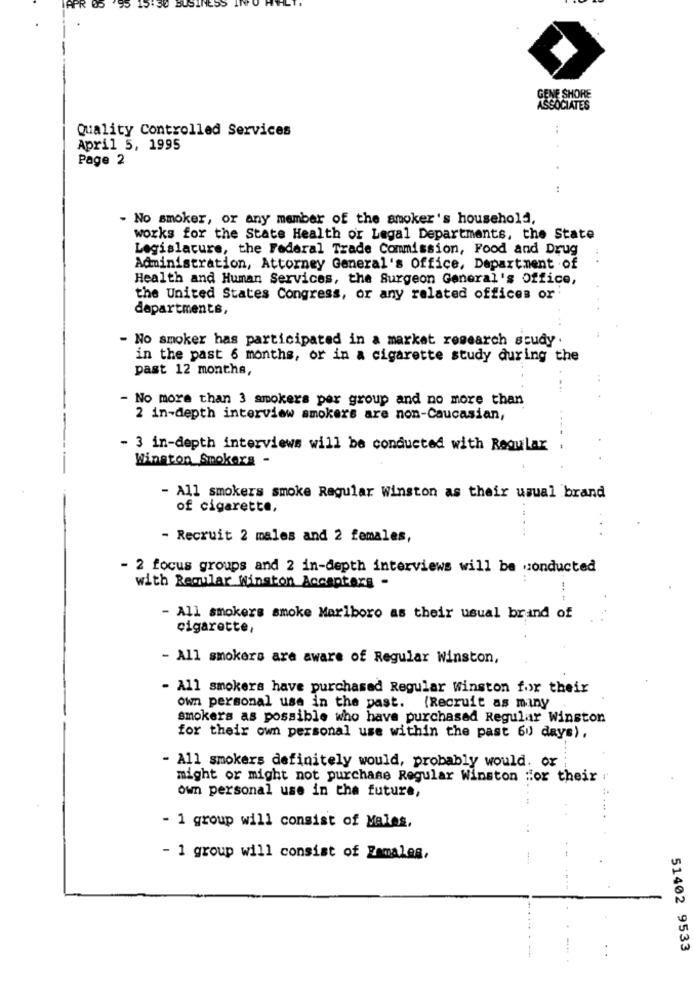
PR
GENE SHORE
ASSOCIATES
Quality Controlled Services
April 5, 1995
Page 2
- No smoker, or any member of the smoker's household,
works for the State Health or Legal Departments, the State
Legislature, the Federal Trade Commission, Food and Drug
Administration, Attorney General's Office, Department of
Health and Human Services, the Surgeon General's Office,
the United States Congress, or any related offices or
departments,
- No smoker has participated in a market research study
in the past 6 months, or in a cigarette study during the
past 12 months,
- No more than 3 smokers per group and no more than
2 in-depth interview smokers are non-Caucasian,
- 3 in-depth interviews will be conducted with Regular
Winston Smokers -
- All smokers smoke Regular Winston as their usual brand
of cigarette,
- Recruit 2 males and 2 females,
- 2 focus groups and 2 in-depth interviews will be conducted
with Regular Winston Acceptors -
- All smokers smoke Marlboro as their usual brand of
cigarette,
- All smokers are aware of Regular Winston,
- All smokers have purchased Regular winston for their
own personal use in the past. (Recruit as many
smokers as possible who have purchased Regular Winston
for their own personal use within the past 60 days),
- All smokers definitely would, probably would. or
might or might not purchase Regular Winston :or their
own personal use in the future,
- 1 group will consist of Males,
- 1 group will consist of Zamales,
51402 9533